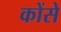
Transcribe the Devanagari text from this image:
कोंसे